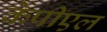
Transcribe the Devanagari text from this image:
केपीएल